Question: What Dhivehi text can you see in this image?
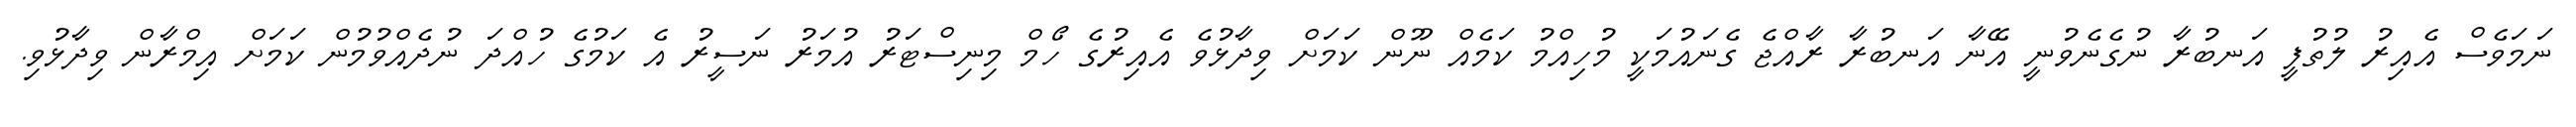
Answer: ނަމަވެސް އެއިރު ލުތުފީ އަނބުރާ ނުގެނެވުނީ އޭނާ އަނބުރާ ރާއްޖެ ގެނައުމަކީ މުހިއްމު ކަމެއް ނޫން ކަމަށް ވިދާޅުވެ އެއިރުގެ ހޯމް މިނިސްޓަރު އުމަރު ނަސީރު އެ ކަމުގެ ހުއްދަ ނުދެއްވުމުން ކަމަށް އިމްރާން ވިދާޅުވި.